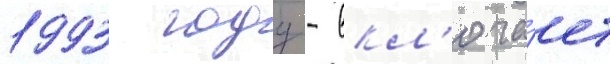
1993 году - вкл'юча́ет